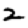
Digit: 2